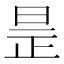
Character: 𣆞